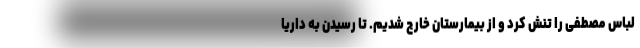
لباس مصطفی را تنش کرد و از بیمارستان خارج شدیم. تا رسیدن به داریا